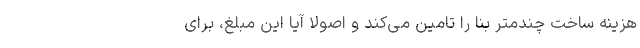
هزینه ساختِ چندمتر بنا را تامین می‌کند و اصولاً آیا این مبلغ، برای